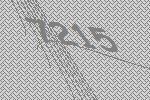
7215